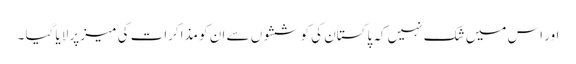
اور اس میں شک نہیں کہ پاکستان کی کوششوں سے ان کو مذاکرات کی میز پر لایا گیا ۔